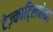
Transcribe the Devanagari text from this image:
टेज़्काट्लिपोका